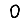
Digit: 0